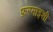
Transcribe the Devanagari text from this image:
फ़रमाइशी